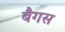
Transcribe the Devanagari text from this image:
बैगस